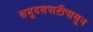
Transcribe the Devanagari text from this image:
समुदसपाटीपासून